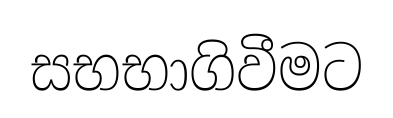
සභභාගිවීමට